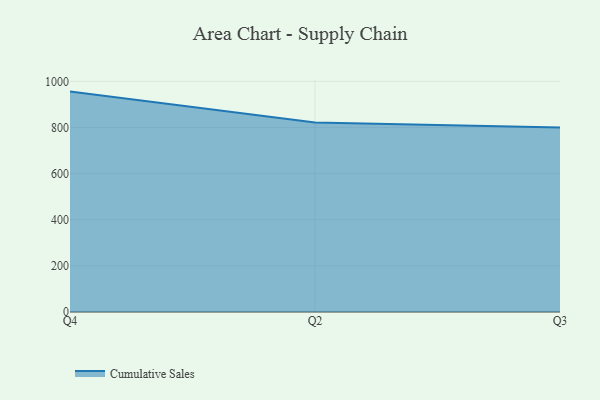
{"axis": {"x": "Quarter", "y": "Customer Acquisition Cost (USD)"}, "legend": ["Cumulative Sales"], "data": [{"x": "Q4", "y": 955.6, "type": "Cumulative Sales"}, {"x": "Q2", "y": 821.7, "type": "Cumulative Sales"}, {"x": "Q3", "y": 800, "type": "Cumulative Sales"}]}